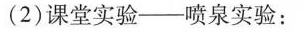
(2)课堂实验—喷泉实验：